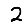
Digit: 2